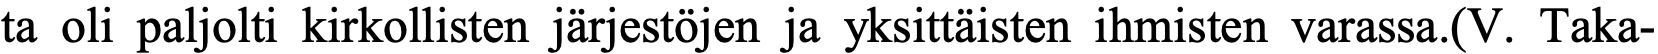
ta oli paljolti kirkollisten järjestöjen ja yksittäisten ihmisten varassa.(V. Taka-